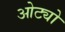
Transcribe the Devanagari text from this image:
ओट्यो